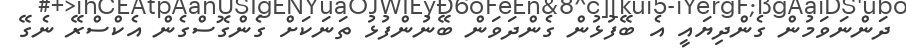
ދަންނަވަމުން ގެންދިޔައީ އެ ބޭފުޅުން ގެންދަވަން ބޭނުންފުޅު ތަނަކަށް ގެންގޮސްގެން އެކްސްރޭ ނެގޭ